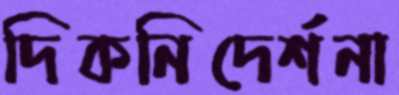
দিকনিদের্শনা